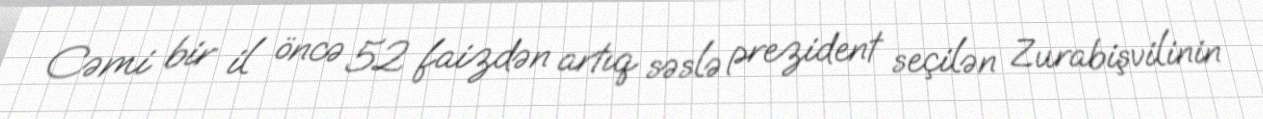
Cəmi bir il öncə 52 faizdən artıq səslə prezident seçilən Zurabişvilinin